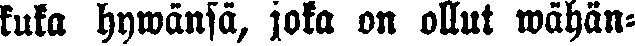
kuka hywänsä, joka on ollut wähän-